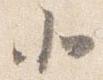
北